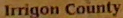
Irrigon County